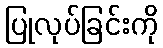
ပြုလုပ်ခြင်းကို